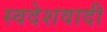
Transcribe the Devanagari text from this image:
स्वदेशवादी